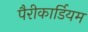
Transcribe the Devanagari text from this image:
पैरीकार्डियम